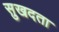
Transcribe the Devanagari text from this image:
सुखदता